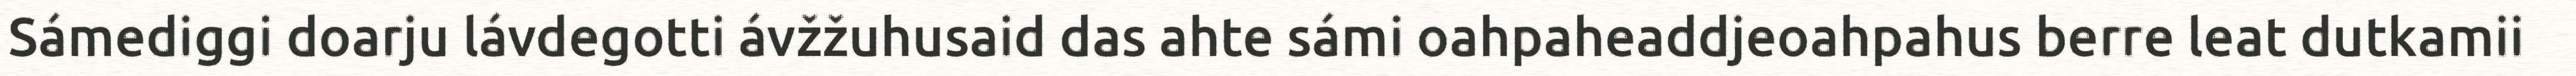
Sámediggi doarju lávdegotti ávžžuhusaid das ahte sámi oahpaheaddjeoahpahus berre leat dutkamii